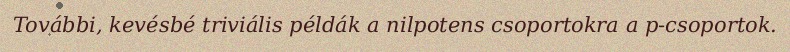
További, kevésbé triviális példák a nilpotens csoportokra a p-csoportok.